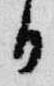
日